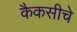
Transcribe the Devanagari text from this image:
कैकसीचे